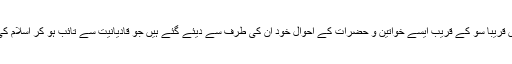
اس کتاب میں قریباً سو کے قریب ایسے خواتین و حضرات کے احوال خود اُن کی طرف سے دیئے گئے ہیں جو قادیانیت سے تائب ہو کر اسلام کی طرف آئے۔